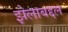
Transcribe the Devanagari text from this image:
झेलाबद्दल